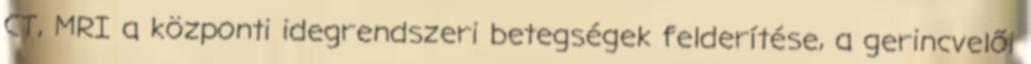
CT, MRI a központi idegrendszeri betegségek felderítése, a gerincvelői